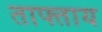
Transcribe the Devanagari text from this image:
ताफ्ताय